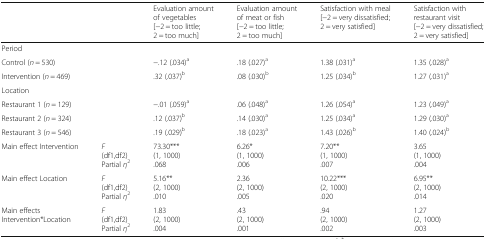
| <COLSPAN=2>  | Evaluation amount of vegetables[−2 = too little; 2 = too much] | Evaluation amount of meat or fish[−2 = too little; 2 = too much] | Satisfaction with meal[−2 = very dissatisfied; 2 = very satisfied] | Satisfaction with restaurant visit[−2 = very dissatisfied; 2 = very satisfied] |
 | --- | --- | --- | --- | --- | --- |
 | <COLSPAN=2> Period |  |  |  |  |
 | <COLSPAN=2> Control (n = 530) | −.12 (.034)a | .18 (.027)a | 1.38 (.031)a | 1.35 (.028)a |
 | <COLSPAN=2> Intervention (n = 469) | .32 (.037)b | .08 (.030)b | 1.25 (.034)b | 1.27 (.031)a |
 | <COLSPAN=2> Location |  |  |  |  |
 | <COLSPAN=2> Restaurant 1 (n = 129) | −.01 (.059)a | .06 (.048)a | 1.26 (.054)a | 1.23 (.049)a |
 | <COLSPAN=2> Restaurant 2 (n = 324) | .12 (.037)b | .14 (.030)a | 1.25 (.034)a | 1.29 (.030)a |
 | <COLSPAN=2> Restaurant 3 (n = 546) | .19 (.029)b | .18 (.023)a | 1.43 (.026)b | 1.40 (.024)b |
 | Main effect Intervention | F(df1,df2)Partial η2 | 73.30***(1, 1000).068 | 6.26*(1, 1000).006 | 7.20**(1, 1000).007 | 3.65(1, 1000).004 |
 | Main effect Location | F(df1,df2)Partial η2 | 5.16**(2, 1000).010 | 2.36(2, 1000).005 | 10.22***(2, 1000).020 | 6.95**(2, 1000).014 |
 | Main effects Intervention*Location | F(df1,df2)Partial η2 | 1.83(2, 1000).004 | .43(2, 1000).001 | .94(2, 1000).002 | 1.27(2, 1000).003 |